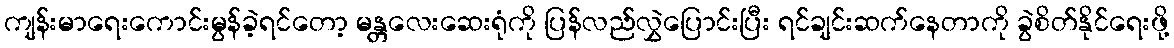
ကျန်းမာရေးကောင်းမွန်ခဲ့ရင်တော့ မန္တလေးဆေးရုံကို ပြန်လည်လွှဲပြောင်းပြီး ရင်ချင်းဆက်နေတာကို ခွဲစိတ်နိုင်ရေးဖို့